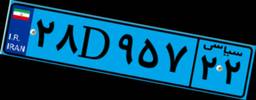
۵۴D۱۸۱۳۷